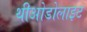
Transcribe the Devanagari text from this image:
थीओडोलाइट